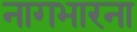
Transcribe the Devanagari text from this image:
नागभारना